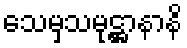
သေမှသမုဋ္ဌာနာနိ